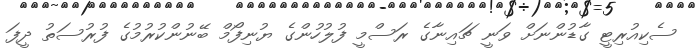
ސެކިއުރިޓީ ގާޑުންނަށް ވަނީ ޗައިނާގެ ރަސްމީ ފުލުހުންގެ ޔުނިފޯމް ބޭނުންކުރުމުގެ ފުރުސަތު ދީފަ